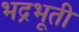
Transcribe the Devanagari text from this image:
भद्रभूती